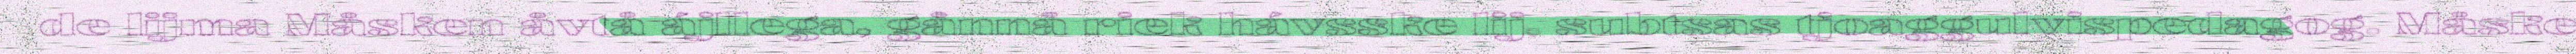
de lijma Måsken åvtå ájllega, gånnå riek hávsske lij, subtsas tjoaggulvispedagog. Måske